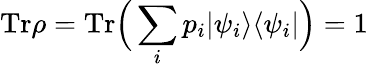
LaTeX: \mathrm{Tr}\rho=\mathrm{Tr}\Big(\sum_{i}p_{i}|\psi_{i}\rangle\langle\psi_{i}|\Big)=1